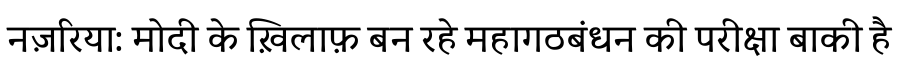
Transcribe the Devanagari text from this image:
नज़रिया: मोदी के ख़िलाफ़ बन रहे महागठबंधन की परीक्षा बाकी है